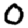
Digit: 0